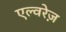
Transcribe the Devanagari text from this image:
एल्वरेज़